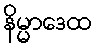
နိမ္မာဒေထ